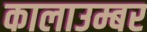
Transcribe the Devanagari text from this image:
कालाउम्बर